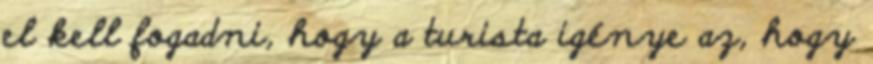
el kell fogadni, hogy a turista igénye az, hogy